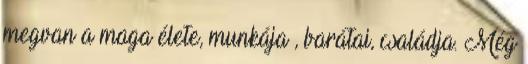
megvan a maga élete, munkája , barátai, családja. Még